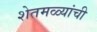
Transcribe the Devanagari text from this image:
शेतमळ्यांची